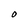
Character: O